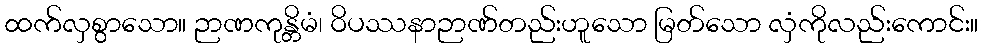
ထက်လှစွာသော။ ဉာဏကုန္တိမံ၊ ဝိပဿနာဉာဏ်တည်းဟူသော မြတ်သော လှံကိုလည်းကောင်း။